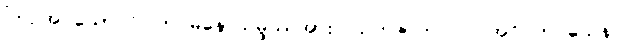
ကြဉ်အပ်သော ဝိပါတ် မနောသမ္ဖဿအား။ သဟဇာတ။ ပ။ အဝိဂတဝသေန၊